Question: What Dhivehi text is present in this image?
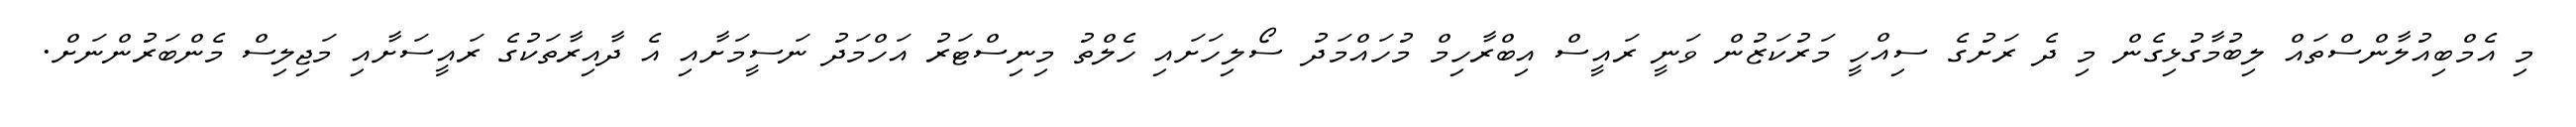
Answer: މި އެމްބިއުލާންސްތައް ލިބުމާގުޅިގެން މި ދެ ރަށުގެ ސިއްހީ މަރުކަޒުން ވަނީ ރައީސް އިބްރާހިމް މުހައްމަދު ސޯލިހަށައި ހެލްތު މިނިސްޓަރު އަހްމަދު ނަސީމަށާއި އެ ދާއިރާތަކުގެ ރައީސަށާއި މަޖިލިސް މެންބަރުންނަށް.